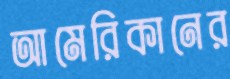
আমেরিকানের